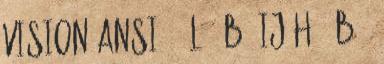
Vision ANSI 35 L 08B1 IJ H 08B 1